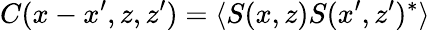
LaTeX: C(x-x^{\prime},z,z^{\prime})=\langle S(x,z)S(x^{\prime},z^{\prime})^{\ast}\rangle